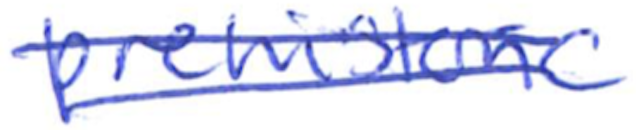
Text: prehistoric
Cross-out: double-line
Writing tool: ballpoint